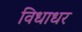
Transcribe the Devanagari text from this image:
विधाधर